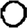
Digit: 0